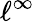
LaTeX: \ell^{\infty}